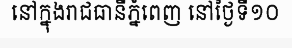
នៅក្នុងរាជធានីភ្នំពេញ នៅថ្ងៃទី១០